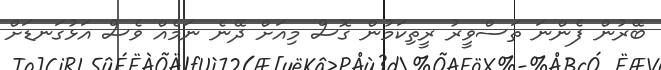
ބޭރުން ފެންނަ ތަސްވީރު ރީތިކަމުން ގޮސް މިއަށް ދޭނެ ނަމެއް ވެސް އަޅުގަނޑަށް